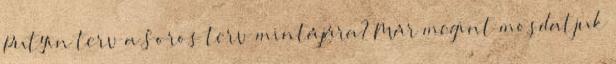
Putyin terv a Soros terv mintájára? Már megint mosdatjuk